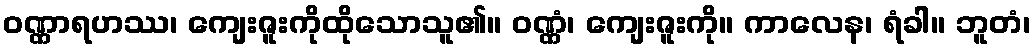
ဝဏ္ဏာရဟဿ၊ ကျေးဇူးကိုထိုသောသူ၏။ ဝဏ္ဏံ၊ ကျေးဇူးကို။ ကာလေန၊ ရံခါ။ ဘူတံ၊